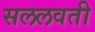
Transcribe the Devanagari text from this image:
सललवती